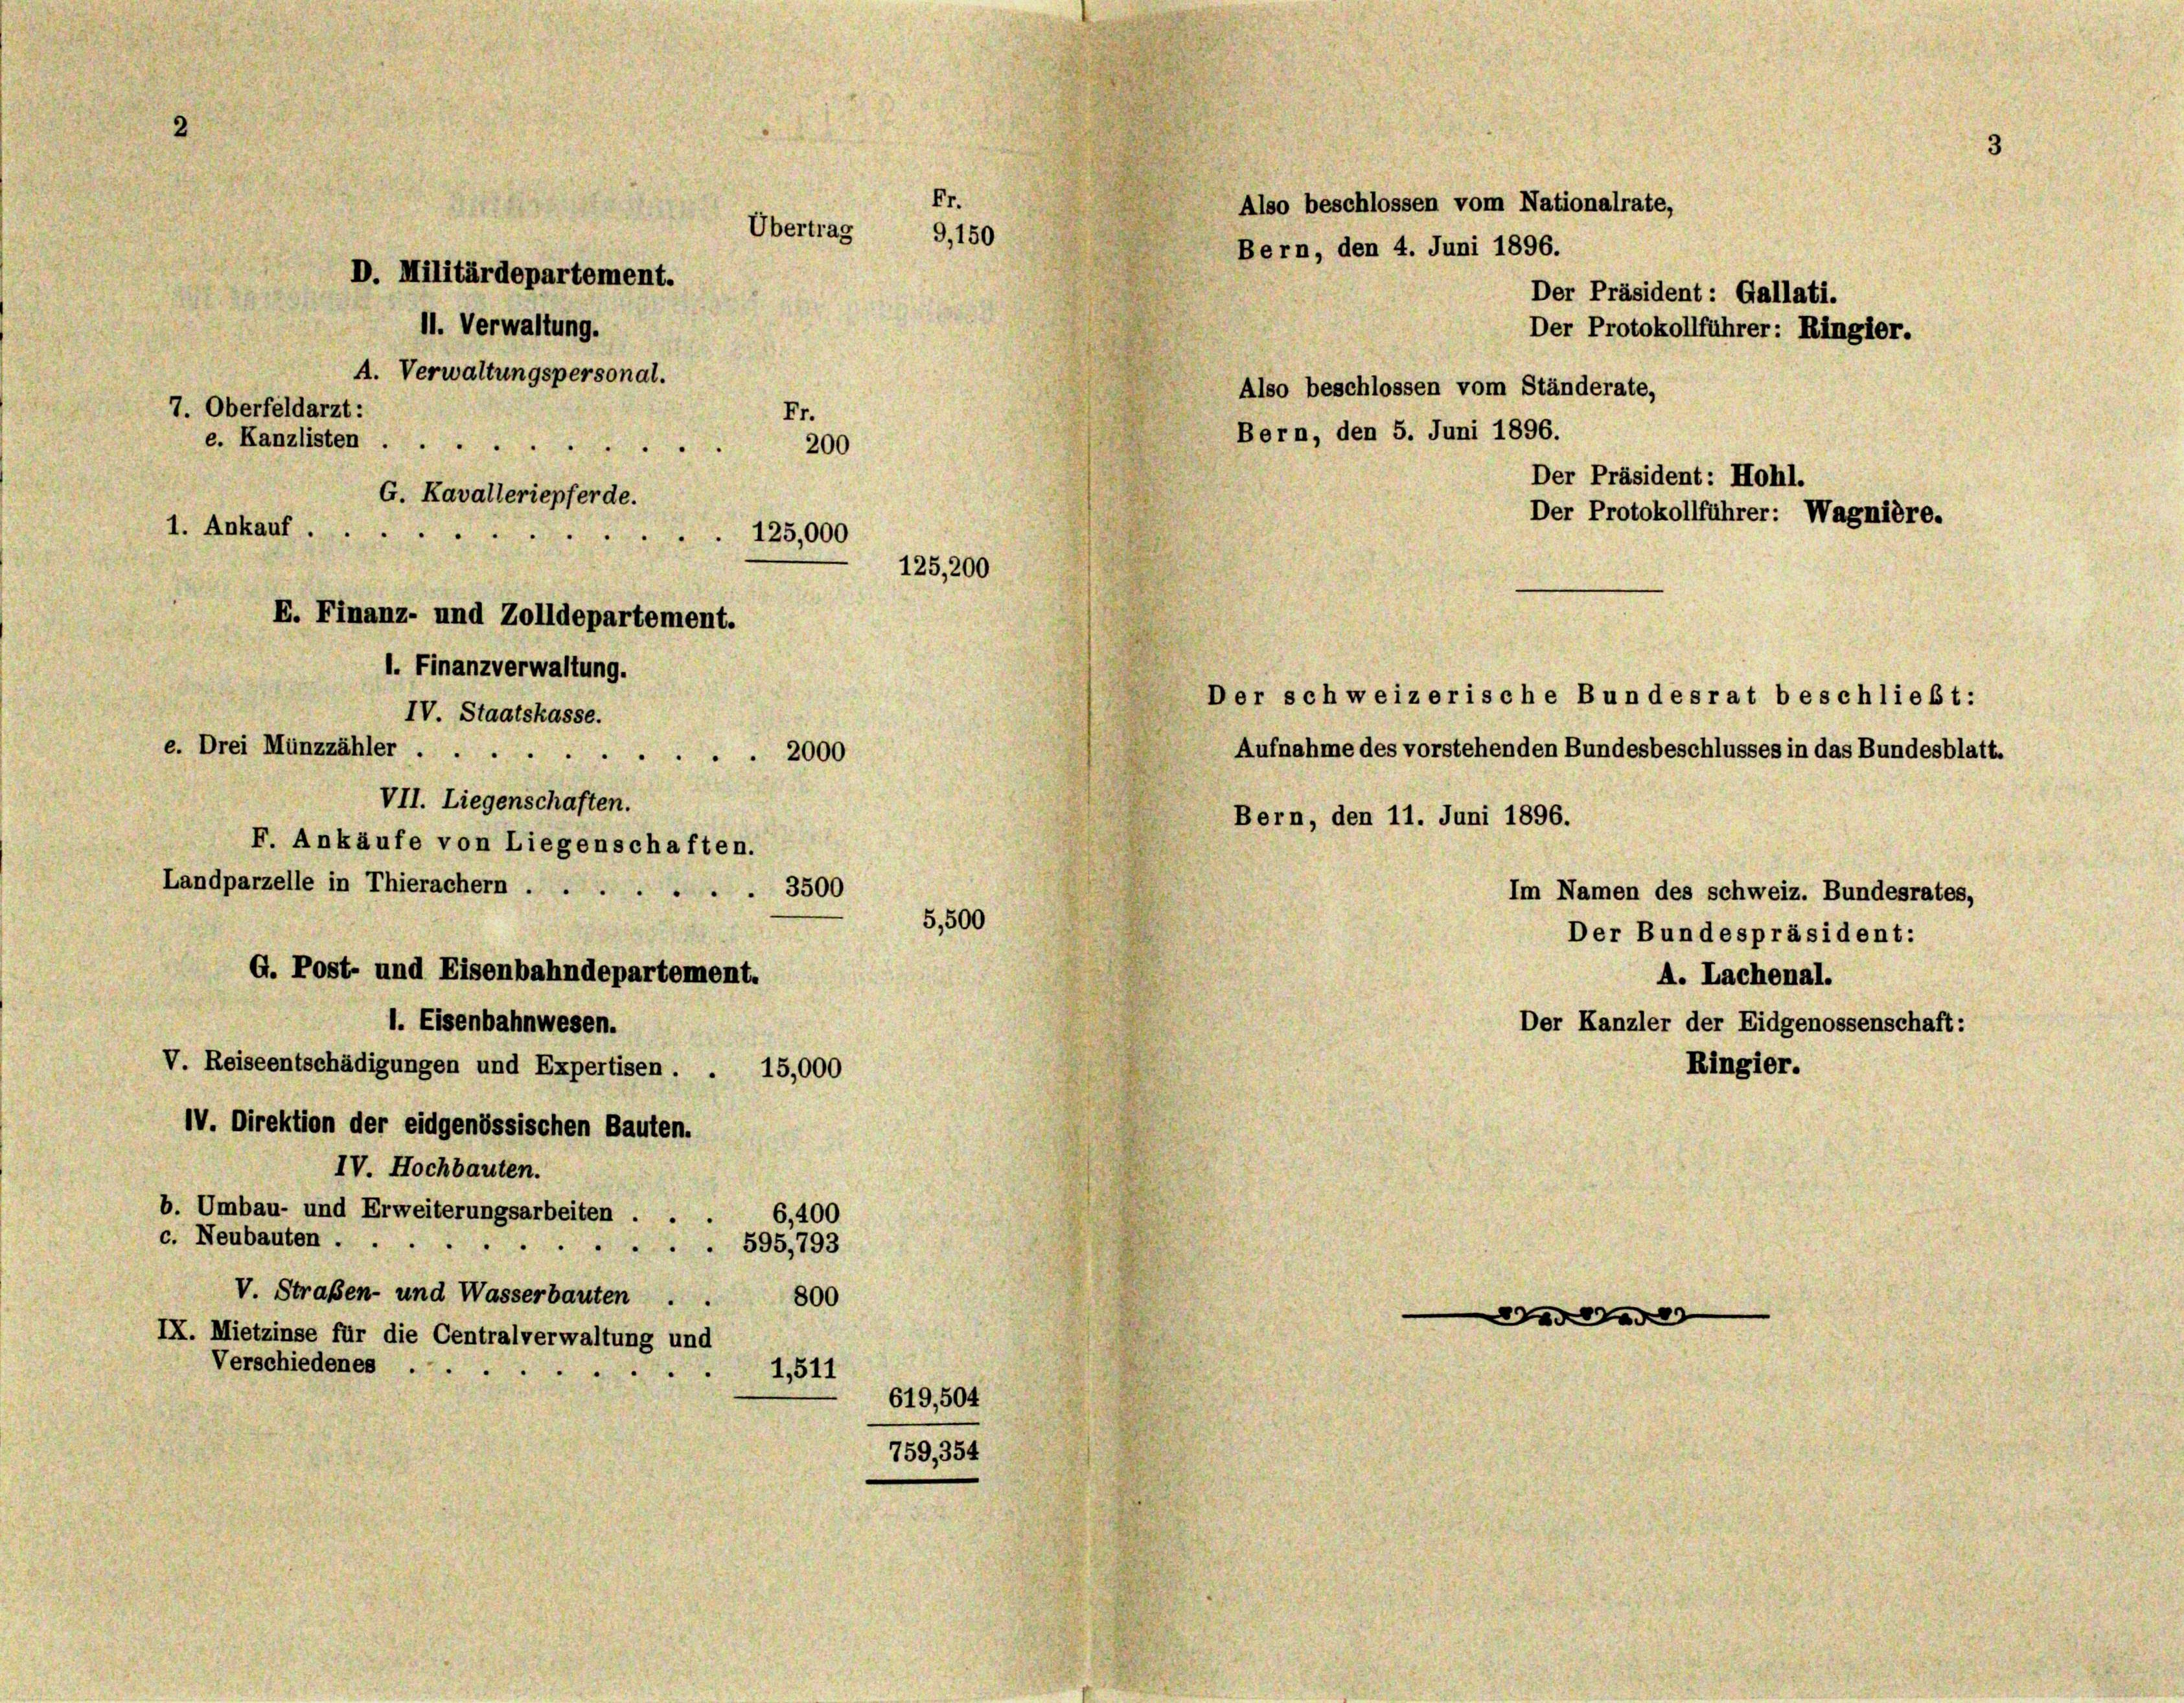
595,793
.
V. Straßen- und Wasserbauten ..
800
IX. Mietzinse für die Centralverwaltung und
Verschiedenes ...
1,511
619,504
759, 354

Fr.
Übertrag
9,150
D. Militärdepartement.
A. Verwaltungspersonal.
7. Oberfeldarzt:
Fr.
e. Kanzlisten
200
x
Der Präsident: Hohl.
G. Kavalleriepferde.
Der Protokollführer: Wagnière.
1. Ankauf ..
125,000
125,200
E. Finanz- und Zolldepartement.
l. Finanzverwaltung.
Der schweizerische Bundesrat beschließt:
IV. Staatskasse.
Aufnahme des vorstehenden Bundesbeschlusses in das Bundesblatt.
e. Drei Münzzähler 2000
VII. Liegenschaften.
Bern, den 11. Juni 1896.
F. Ankäufe von Liegenschaften.
Landparzelle in Thierachern 3500
Im Namen des schweiz. Bundesrates,
5,500
Der Bundespräsident:
G. Post- und Eisenbahndepartement.
A. Lachenal.
1. Eisenbahnwesen.
Der Kanzler der Eidgenossenschaft:
V. Reiseentschädigungen und Expertisen . . 15,000
Ringier.
IV. Direktion der eidgenössischen Bauten.
IV. Hochbauten.
b. Umbau- und Erweiterungsarbeiten . .
6,400
c. Neubauten.
.

11. Verwaltung.

Also beschlossen vom Nationalrate,
Bern, den 4. Juni 1896.
Also beschlossen vom Ständerate,
Bern, den 5. Juni 1896.

Der Präsident: Gallati.
Der Protokollführer: Ringier.

add